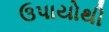
ઉપાયોથી